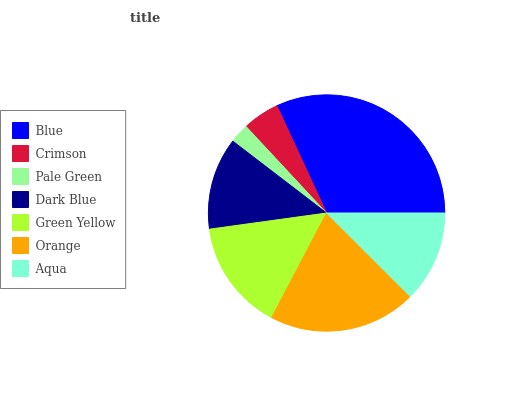
| Blue | Crimson | Pale Green | Dark Blue | Green Yellow | Orange | Aqua |
 | --- | --- | --- | --- | --- | --- | --- |
 | 31.9% | 5.03% | 2.66% | 12.6% | 15.1% | 20.2% | 12.5% |